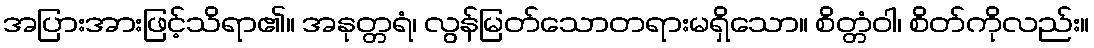
အပြားအားဖြင့်သိရာ၏။ အနုတ္တရံ၊ လွန်မြတ်သောတရားမရှိသော။ စိတ္တံဝါ၊ စိတ်ကိုလည်း။